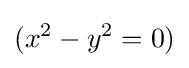
(x^{2}-y^{2}=0)